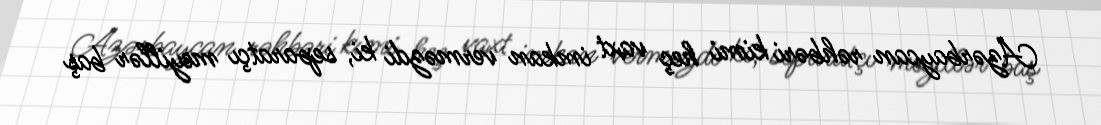
Azərbaycan rəhbəri kimi heç vaxt imkan verməzdi ki, separatçı meyillər baş